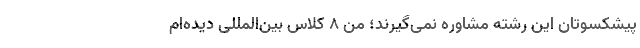
پیشکسوتان این رشته مشاوره نمی‌گیرند؛ من ۸ کلاس بین‌المللی دیده‌ام